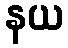
နယ